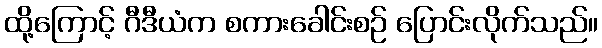
ထို့ကြောင့် ဂီဒီယံက စကားခေါင်းစဉ် ပြောင်းလိုက်သည်။